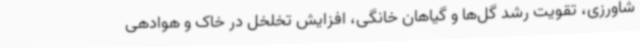
شاورزی، تقویت رشد گل‌ها و گیاهان خانگی، افزایش تخلخل در خاک و هوادهی